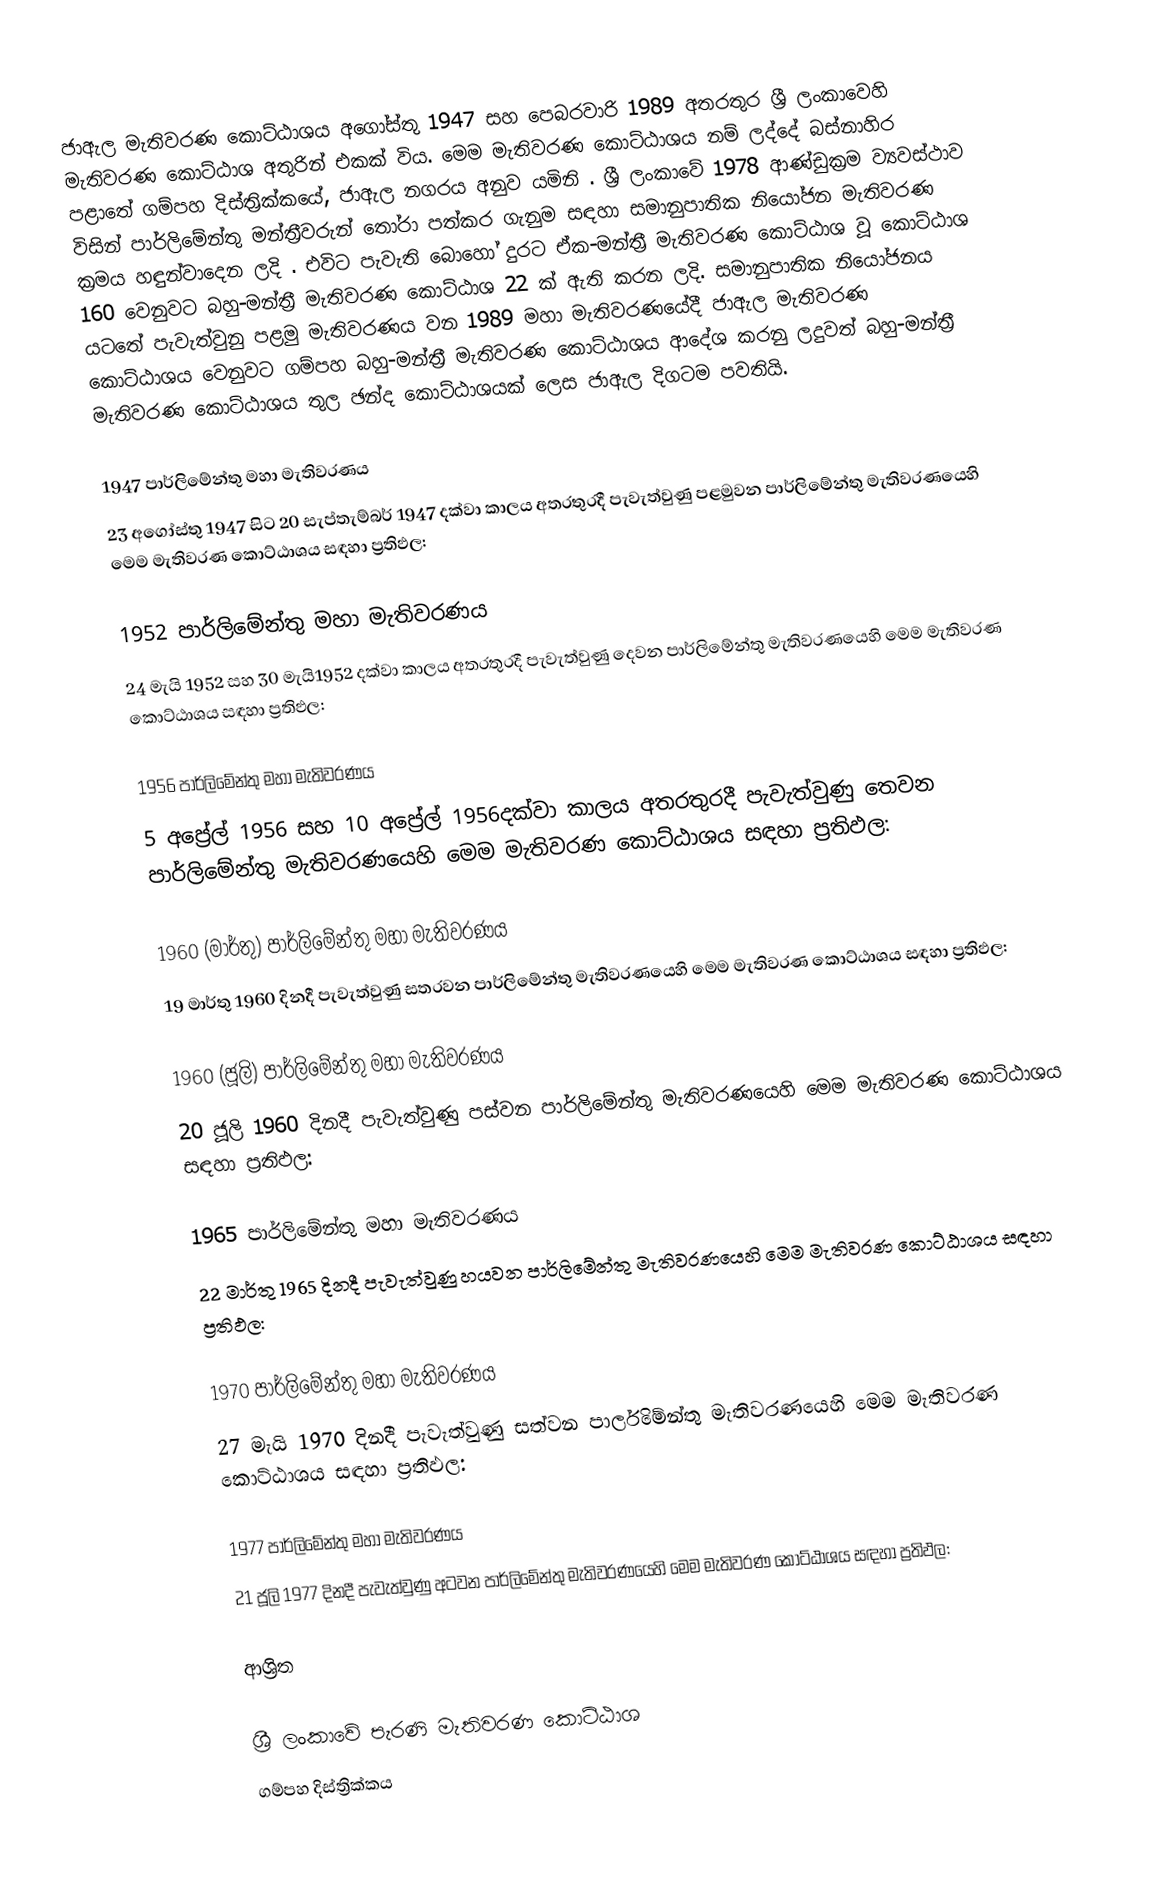
ජාඇල මැතිවරණ කොට්ඨාශය අගෝස්තු 1947 සහ පෙබරවාරි 1989 අතරතුර  ශ්‍රී ලංකාවෙහි  මැතිවරණ කොට්ඨාශ අතුරින් එකක් විය. මෙම මැතිවරණ කොට්ඨාශය නම් ලද්දේ  බස්නාහිර පළාතේ  ගම්පහ දිස්ත්‍රික්කයේ,  ජාඇල නගරය අනුව යමිනි . ශ්‍රී ලංකාවේ 1978 ආණ්ඩුක්‍රම ව්‍යවස්ථාව විසින්   පාර්ලිමේන්තු මන්ත්‍රීවරුන් තෝරා පත්කර ගැනුම සඳහා සමානුපාතික නියෝජන මැතිවරණ ක්‍රමය හඳුන්වාදෙන ලදි . එවිට පැවැති බොහෝ දුරට  ඒක-මන්ත්‍රී මැතිවරණ කොට්ඨාශ වූ කොට්ඨාශ 160 වෙනුවට බහු-මන්ත්‍රී මැතිවරණ කොට්ඨාශ 22 ක් ඇති කරන ලදි. සමානුපාතික නියෝජනය යටතේ පැවැත්වුනු පළමු මැතිවරණය වන 1989 මහා මැතිවරණයේදී  ජාඇල මැතිවරණ කොට්ඨාශය වෙනුවට  ගම්පහ බහු-මන්ත්‍රී මැතිවරණ කොට්ඨාශය  ආදේශ කරනු ලදුවත් බහු-මන්ත්‍රී මැතිවරණ කොට්ඨාශය තුල ඡන්ද කොට්ඨාශයක් ලෙස ජාඇල දිගටම පවතියි.

1947 පාර්ලිමේන්තු මහා මැතිවරණය
23 අගෝස්තු 1947 සිට 20 සැප්තැම්බර් 1947 දක්වා කාලය අතරතුරදී පැවැත්වුණු පළමුවන පාර්ලිමේන්තු මැතිවරණයෙහි මෙම මැතිවරණ කොට්ඨාශය සඳහා ප්‍රතිඵල:

1952 පාර්ලිමේන්තු මහා මැතිවරණය
24 මැයි 1952 සහ 30 මැයි1952 දක්වා කාලය අතරතුරදී පැවැත්වුණු දෙවන පාර්ලිමේන්තු මැතිවරණයෙහි මෙම මැතිවරණ කොට්ඨාශය සඳහා ප්‍රතිඵල:

1956 පාර්ලිමේන්තු මහා මැතිවරණය
5 අප්‍රේල් 1956 සහ 10 අප්‍රේල් 1956දක්වා කාලය අතරතුරදී පැවැත්වුණු තෙවන පාර්ලිමේන්තු මැතිවරණයෙහි මෙම මැතිවරණ කොට්ඨාශය සඳහා ප්‍රතිඵල:

1960 (මාර්තු) පාර්ලිමේන්තු මහා මැතිවරණය
19 මාර්තු 1960 දිනදී පැවැත්වුණු සතරවන පාර්ලිමේන්තු මැතිවරණයෙහි මෙම මැතිවරණ කොට්ඨාශය සඳහා ප්‍රතිඵල:

1960 (ජූලි) පාර්ලිමේන්තු මහා මැතිවරණය
20 ජූලි 1960 දිනදී පැවැත්වුණු පස්වන පාර්ලිමේන්තු මැතිවරණයෙහි මෙම මැතිවරණ කොට්ඨාශය සඳහා ප්‍රතිඵල:

1965 පාර්ලිමේන්තු මහා මැතිවරණය
22 මාර්තු 1965  දිනදී පැවැත්වුණු හයවන පාර්ලිමේන්තු මැතිවරණයෙහි මෙම මැතිවරණ කොට්ඨාශය සඳහා ප්‍රතිඵල:

1970 පාර්ලිමේන්තු මහා මැතිවරණය
27 මැයි 1970 දිනදී පැවැත්වුණු සත්වන පාර්ලිමේන්තු මැතිවරණයෙහි මෙම මැතිවරණ කොට්ඨාශය සඳහා ප්‍රතිඵල:

1977 පාර්ලිමේන්තු මහා මැතිවරණය
21 ජූලි 1977 දිනදී පැවැත්වුණු අටවන පාර්ලිමේන්තු මැතිවරණයෙහි මෙම මැතිවරණ කොට්ඨාශය සඳහා ප්‍රතිඵල:

ආශ්‍රිත

ශ්‍රී ලංකාවේ පැරණි මැතිවරණ කොට්ඨාශ
 ගම්පහ දිස්ත්‍රික්කය